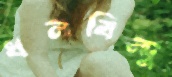
ধনবিন্দু